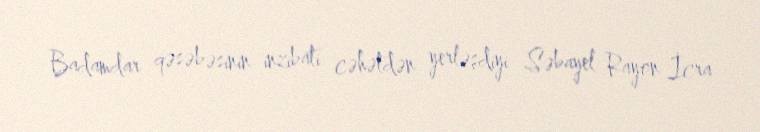
Badamdar qəsəbəsinin inzibati cəhətdən yerləşdiyi Səbayel Rayon İcra